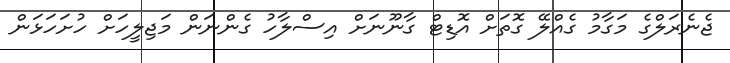
ޖެނެރަލްގެ މަގާމު ގެއްލޭ ގޮތަށް އޮޑިޓް ގާނޫނަށް އިސްލާހު ގެންނަން މަޖިލީހަށް ހުށަހަޅަން